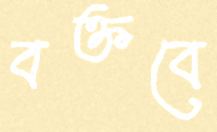
বক্তবে